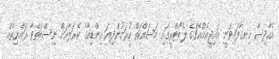
އެހާދިސާ ހިނގާފައިވަނީ އައިޖީއެމްއެޗްގެ ލެބޯޓްރީގައި މަސައްކަތް ކުރަމުންދިޔަ އިންޑިއާގެ ކެރަލާއަށް ނިސްބަތްވާ ރައްޔިތެއް